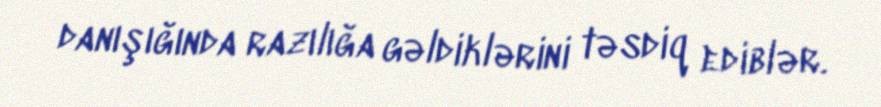
danışığında razılığa gəldiklərini təsdiq ediblər.